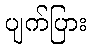
ပျက်ပြား